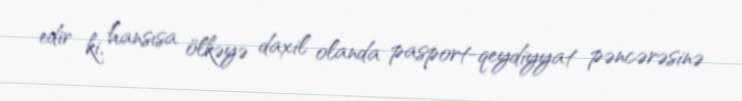
edir ki, hansısa ölkəyə daxil olanda pasport-qeydiyyat pəncərəsinə